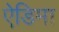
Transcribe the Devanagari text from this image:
ऐडिमा